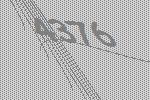
4376